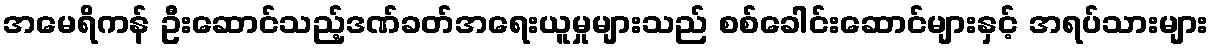
အမေရိကန် ဦးဆောင်သည့်ဒဏ်ခတ်အရေးယူမှုများသည် စစ်ခေါင်းဆောင်များနှင့် အရပ်သားများ